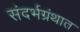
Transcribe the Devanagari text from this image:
संदर्भग्रंथात